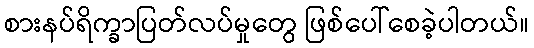
စားနပ်ရိက္ခာပြတ်လပ်မှုတွေ ဖြစ်ပေါ်စေခဲ့ပါတယ်။